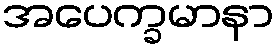
အပေက္ခမာနာ